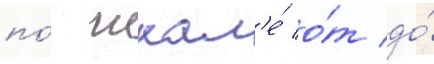
по́ шкал'е́ о́т до́